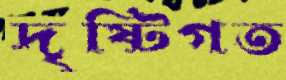
দৃষ্টিগত